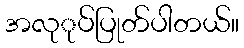
အလုုပ်ပြုတ်ပါတယ်။